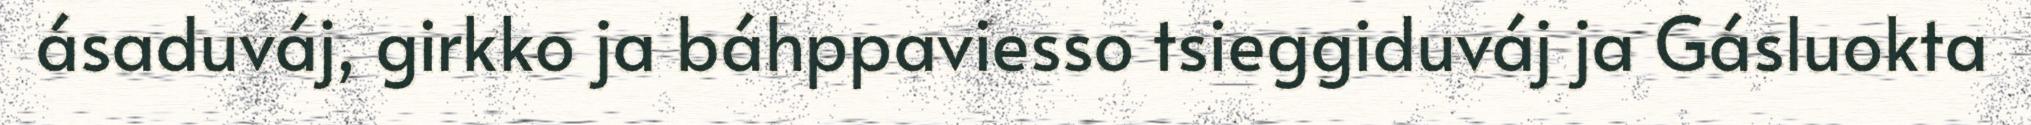
ásaduváj, girkko ja báhppaviesso tsieggiduváj ja Gásluokta